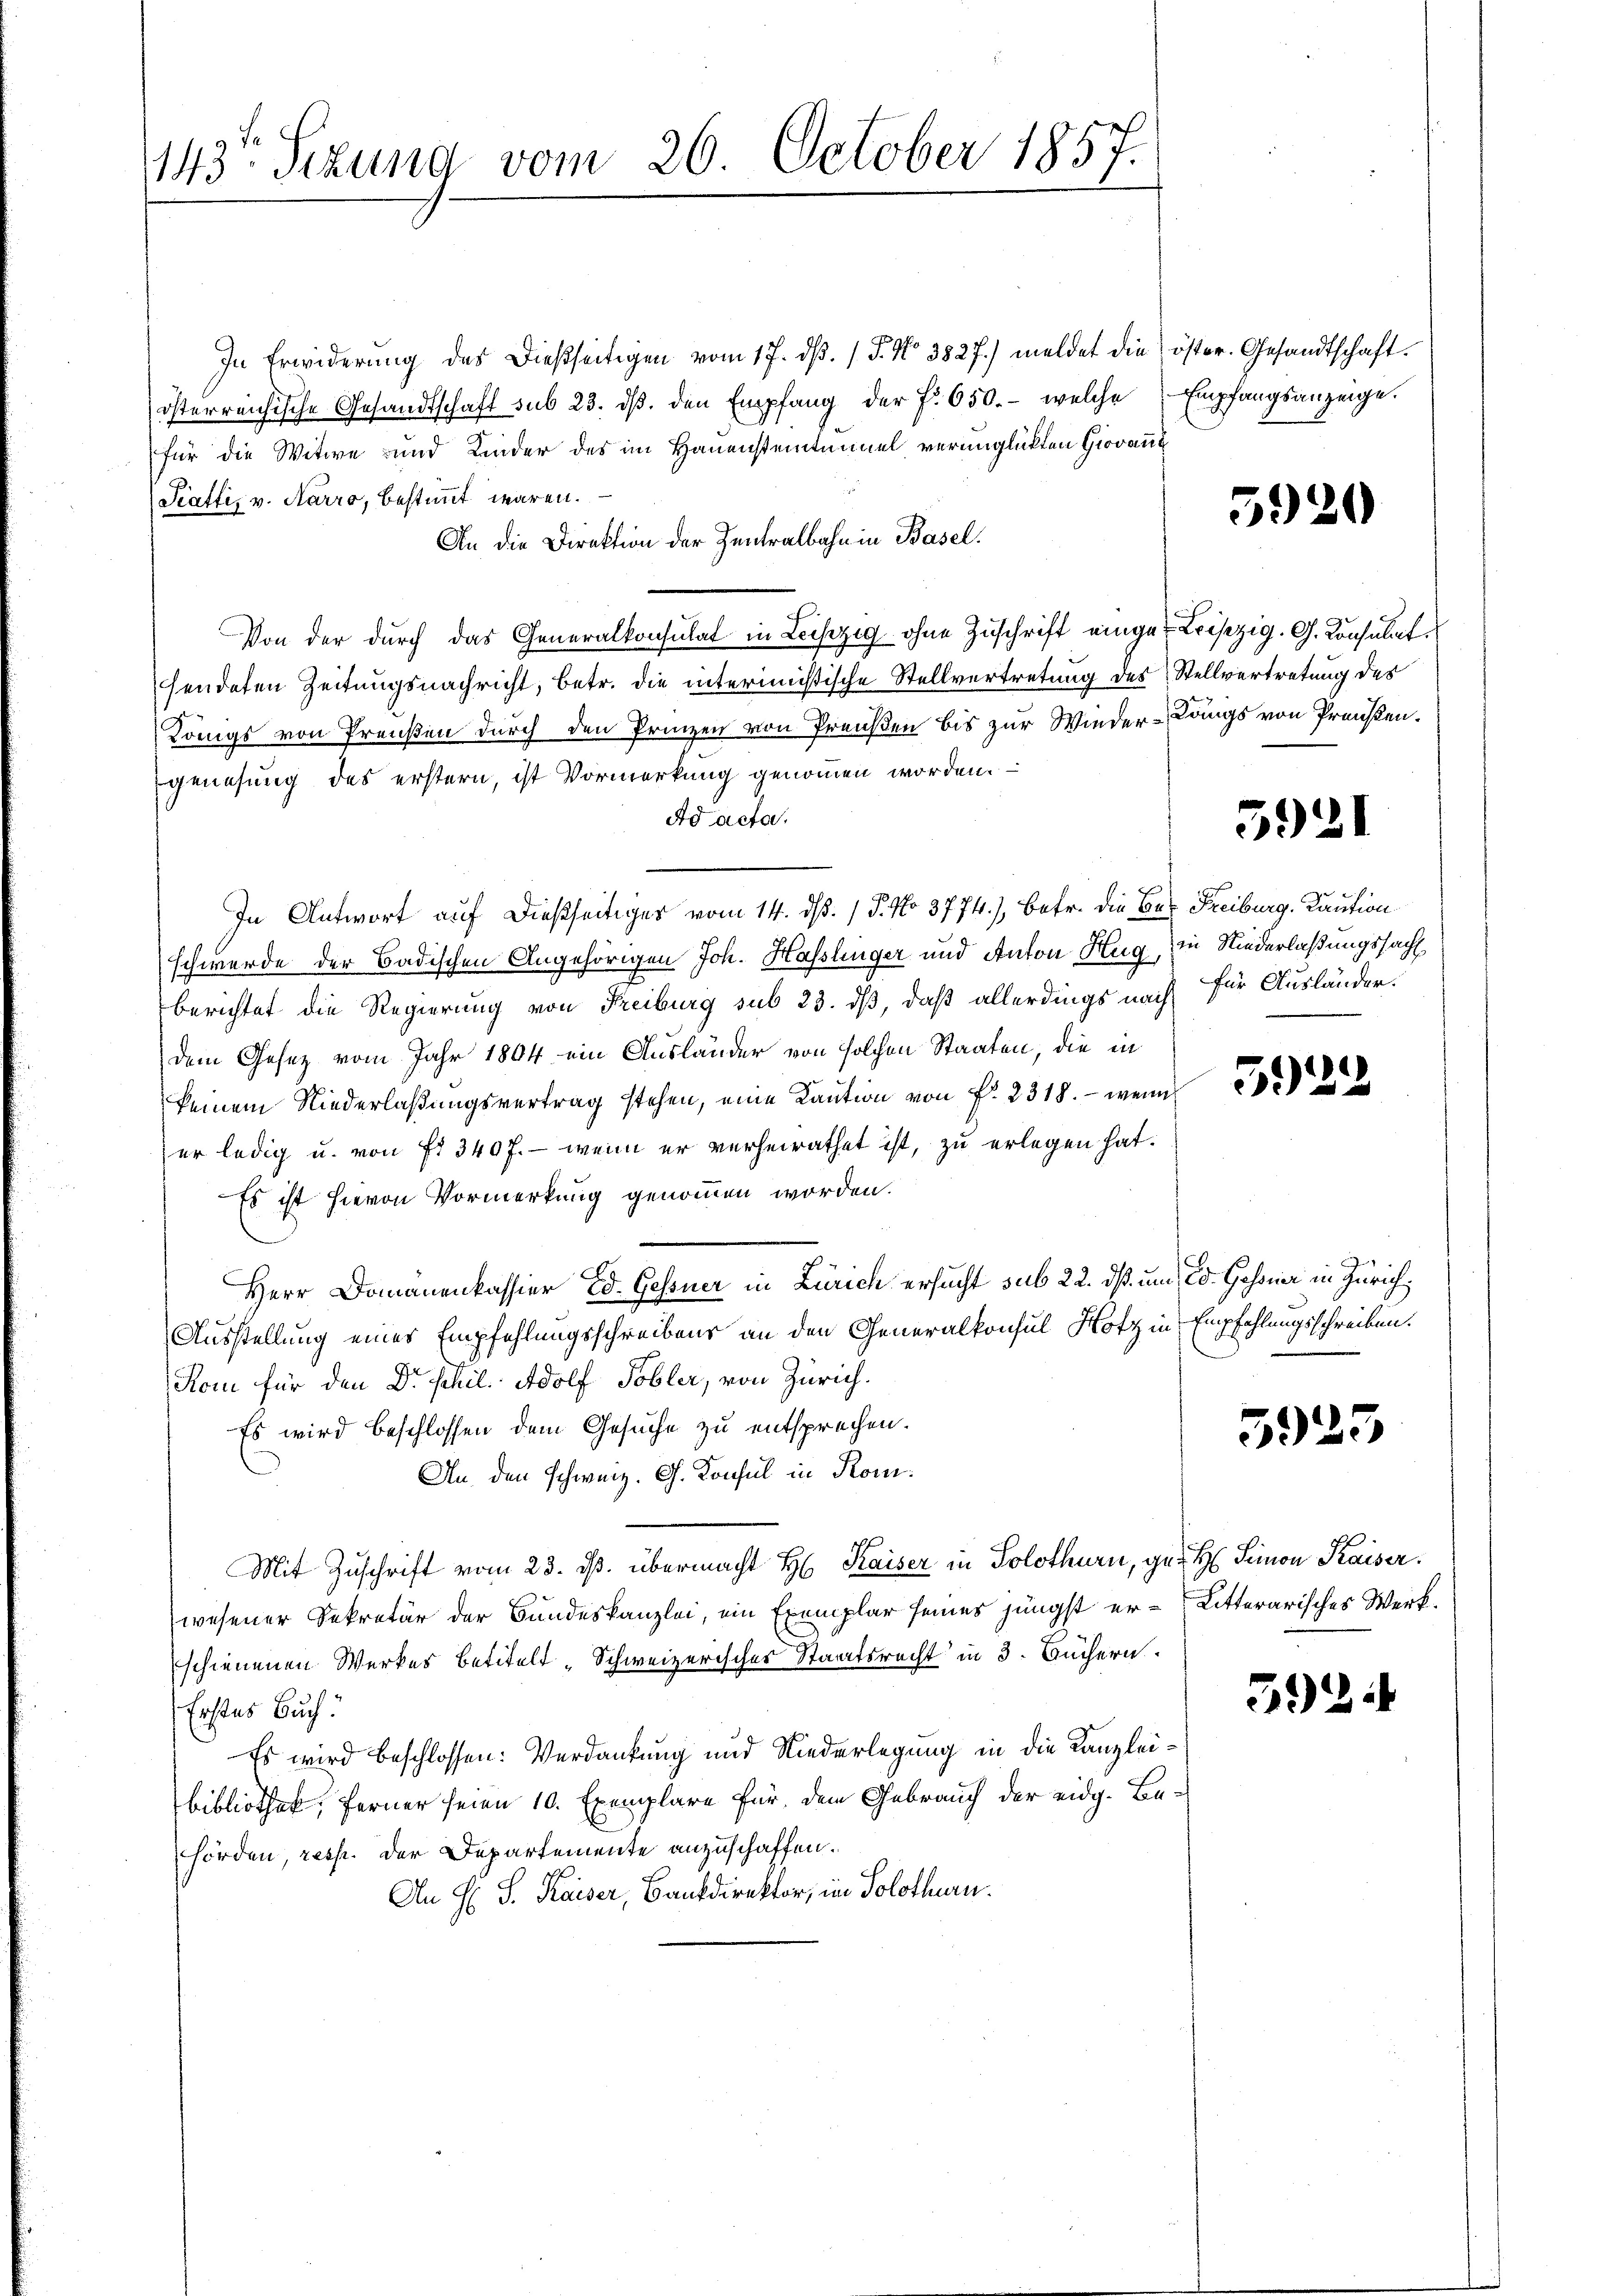
143ten Sizung vom 26. October 1857.

In Erwiderŭng des dießseitigen vom 17. dβ. / 5. No 3827.) meldet die öster. Gesandtschaft.
österreichische Gesandtschaft sub 23. dβ. den Empfang der f. 650.- welche Empfangsanzeige.
für die Witwe und Kinder des im Hauensteintunnel verunglückten Giovaut
Stattis v. Karro, bestimmt waren.
An die Direktion der Zentralbahn in Basel.
Von der durch das Generalkonsulat in Leiszig ohne Zuschrift einger Leiszig. G. Consulat
sendeten Zeitungsnachricht, betr. die interimistische Stellvertretung des Stellvertretung des
Königs von Preußen durch den Prinzen von Preußen bis zur Wieder-Langs von Preußen.
genesung des erstern, ist Vormerkung genommen worden.
Ad acta.
In Antwort auf dießseitiges vom 14. dß. / 5. No 3774.), betr. die Ber Freiburg, Kaution
schwerde der Badischen Angehörigen Joh. Hasslinger und Anton Hug, in Niederlaßungssacht
berichtet die Regierung von Freiburg sub 23. dß, daß allerdings nach für Ausländer.
dem Gesetz vom Jahr 1804 ein Ausländer von solchen Staaten, die in
keinem Niederlaßungsvertrag stehen, eine Kaution von P. 2318. – wenn
er ledig u. von f. 3407. - wenn er verheirathet ist, zu erlegen hat.
Es ist hievon Vormerkung genommen worden.
Herr Domänenkassier Ed. Gessner in Zürich ersucht sub 22. ds. und Ed. Gehoner in Zürich,
Ausstellung eines Empfehlungsschreibens an den Generalkonsul Hotz in Empfehlungsschreiben.
Kom für den Dr. Schil. Adolf Tobler, von Zürich.
Es wird beschlossen dem Gesuche zu entsprechen.
An den schweiz. G. Konsul in Kom¬
Mit Zuschrift vom 23. ds. übermacht H. Kaiser in Solothurn, ge- H Simon Kaiser.
wesener Sekretär der Bundeskanzlei, ein Exemplar seines jüngst er-Litterarisches Werkschienenen Werkes betitelt „Schweizerisches Staatsrecht in 3. Büchern.
Erstes Buch!
Es wird beschlossen: Verdankung und Niederlegung in die Kanzlei¬
Bibliothek, ferner seien 10. Exemplare für dem Gebrauch der eidg. Behörden, resp. der Departemente anzuschaffen.
An H S. Kaiser, Bankdirektor, im Solothurn.

5920

5921

5922

52

39

¬